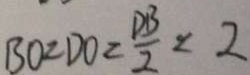
B O = D O = \frac { D B } { 2 } < 2